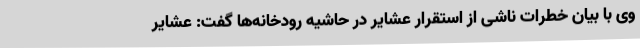
وی با بیان خطرات ناشی از استقرار عشایر در حاشیه رودخانه‌ها گفت: عشایر